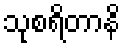
သုစရိတာနိ